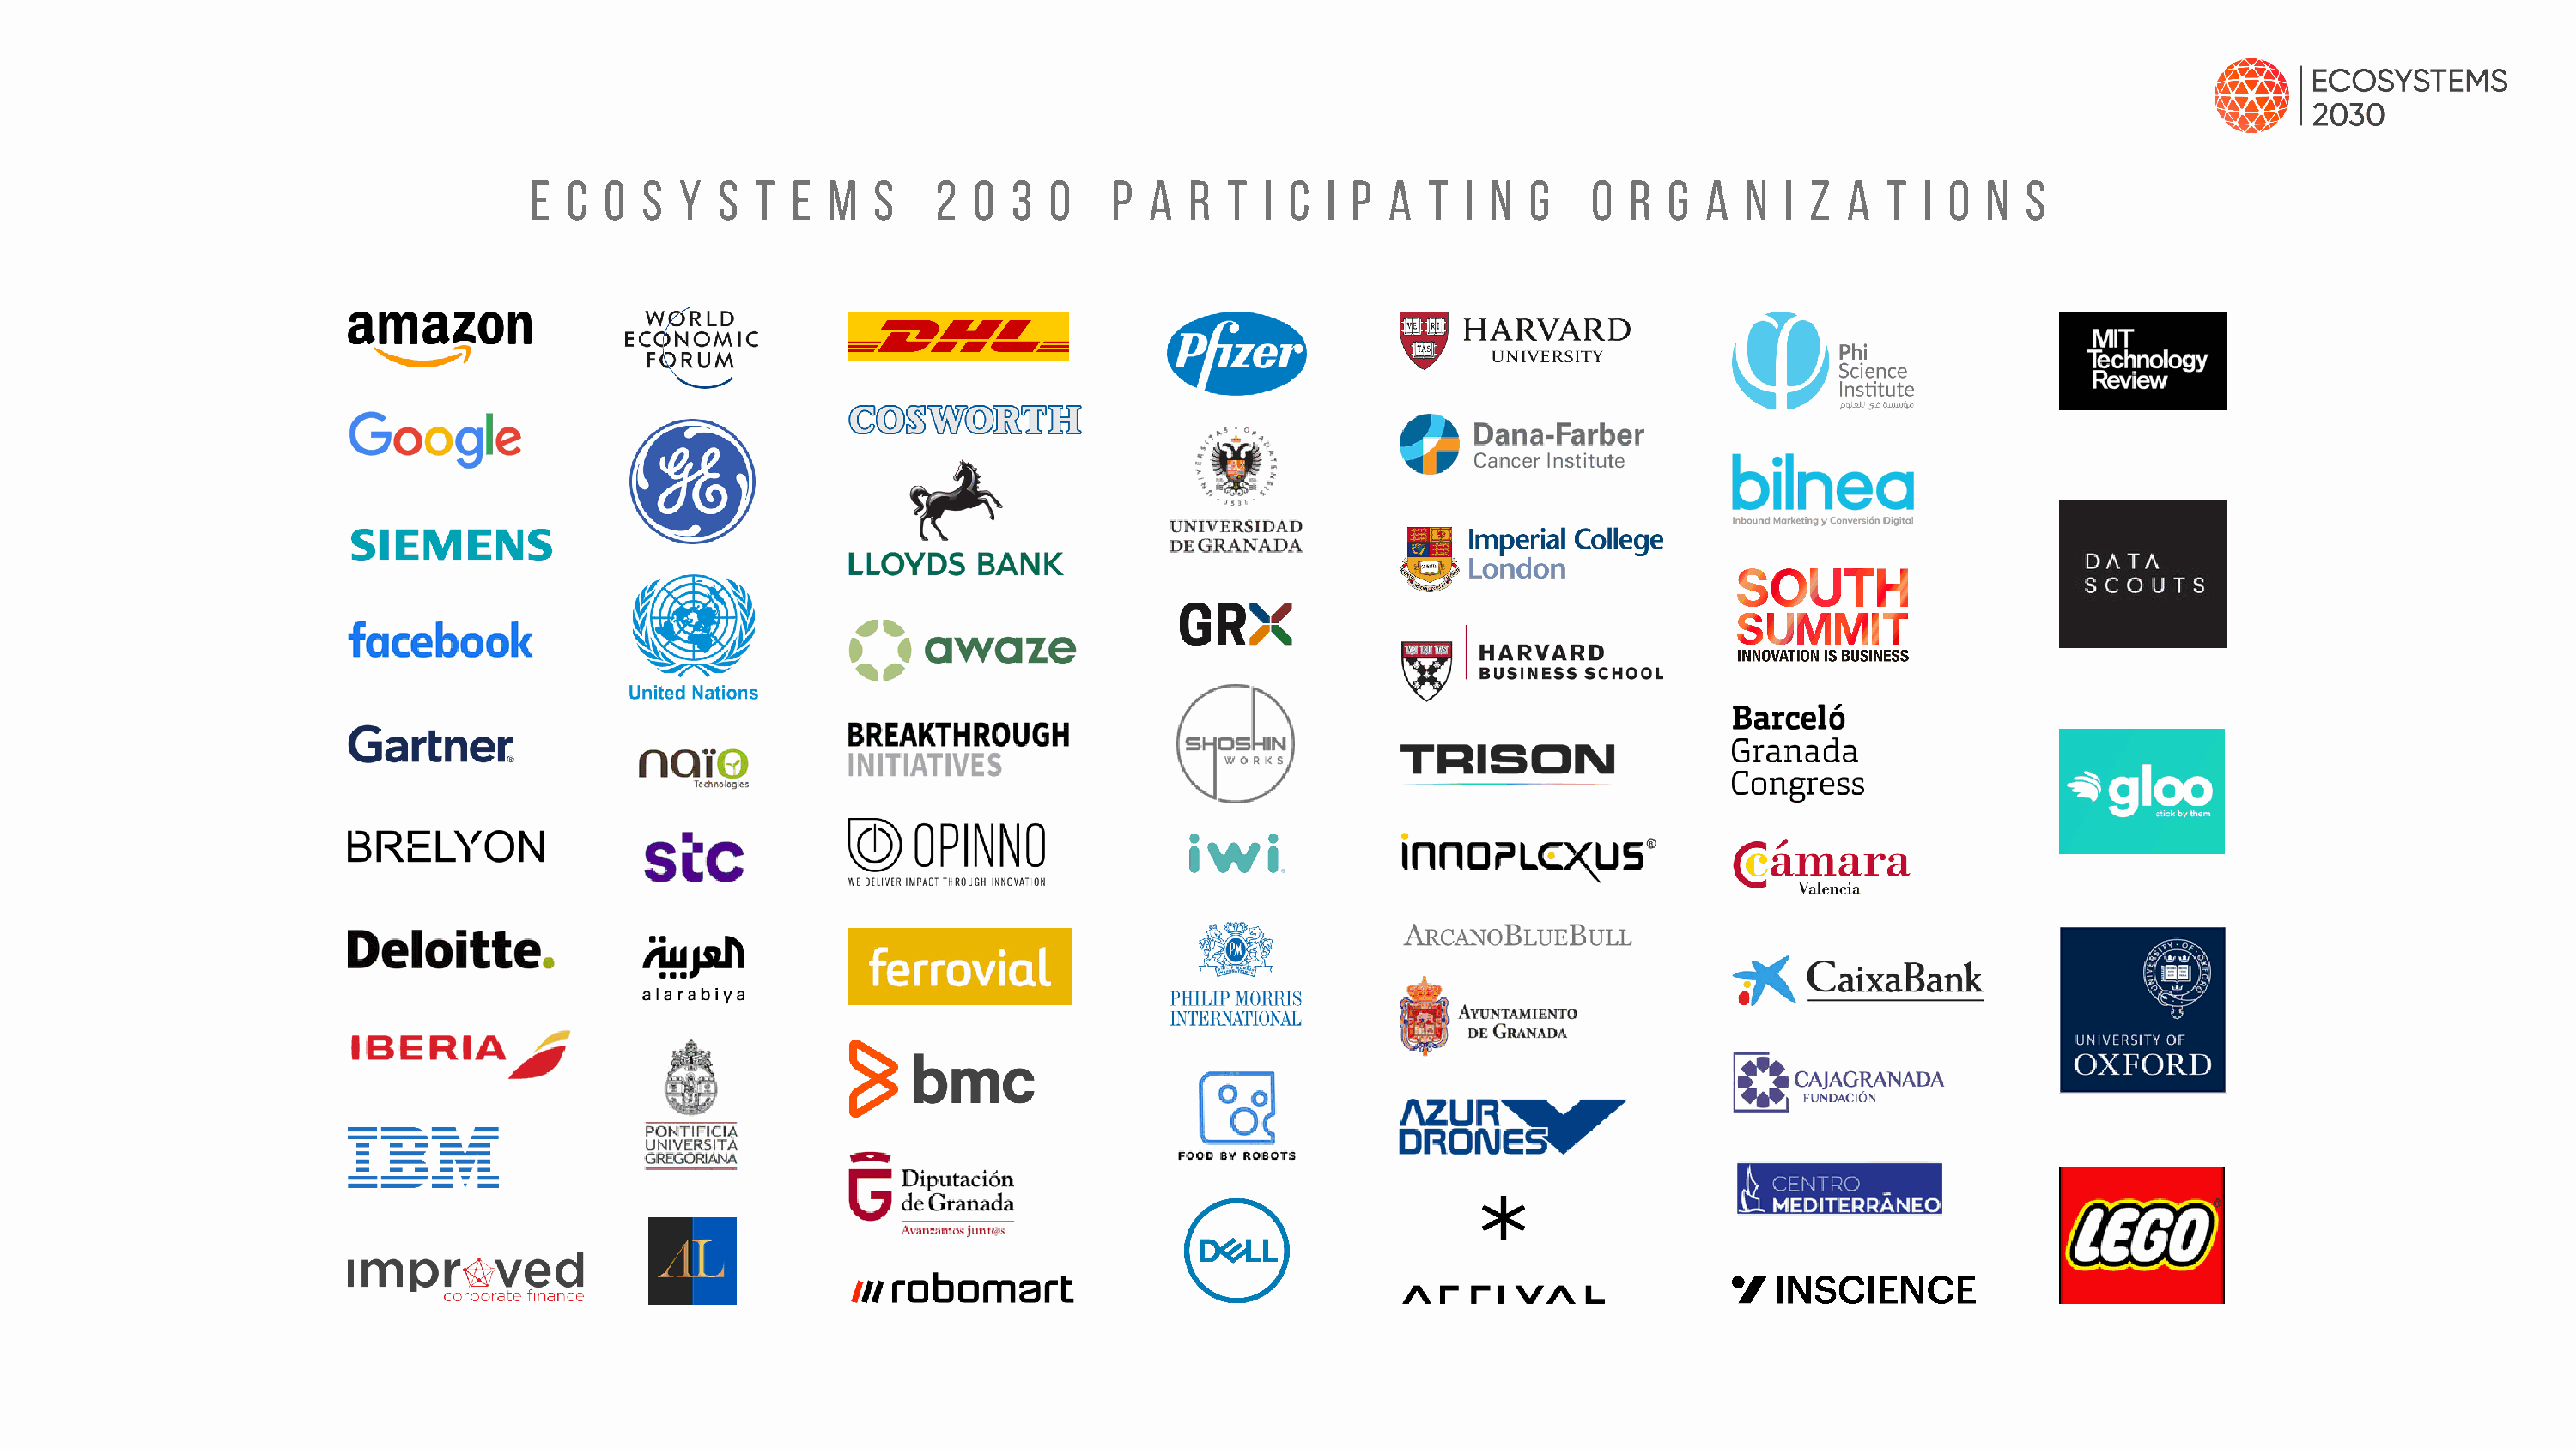
E  C  O S  Y  S  T  E  M  S    2  0  3  0    P  A  R  T I C  I P  A  T  I N  G    O  R  G A   N  I Z A  T  I O  N  S